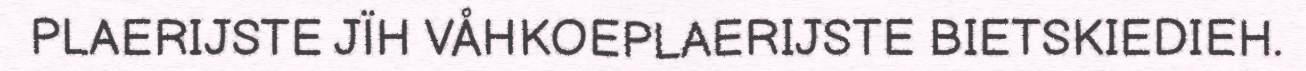
PLAERIJSTE JÏH VÅHKOEPLAERIJSTE BIETSKIEDIEH.